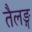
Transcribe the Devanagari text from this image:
तैलङ्ग